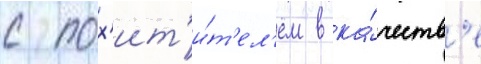
с пох'ит'и́т'ел'ем в ка́честв'е